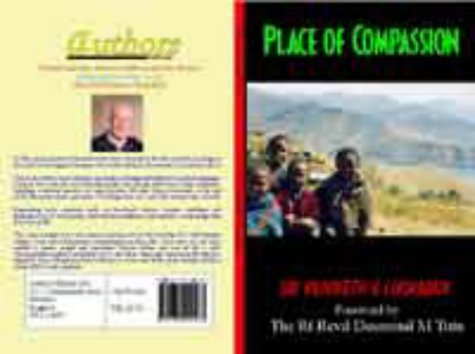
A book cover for Place of Compassion; Kenneth E. Luckman; Travel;